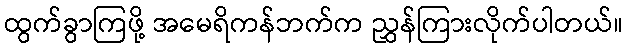
ထွက်ခွာကြဖို့ အမေရိကန်ဘက်က ညွှန်ကြားလိုက်ပါတယ်။